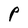
Character: P